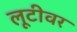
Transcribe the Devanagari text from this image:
लूटीवर